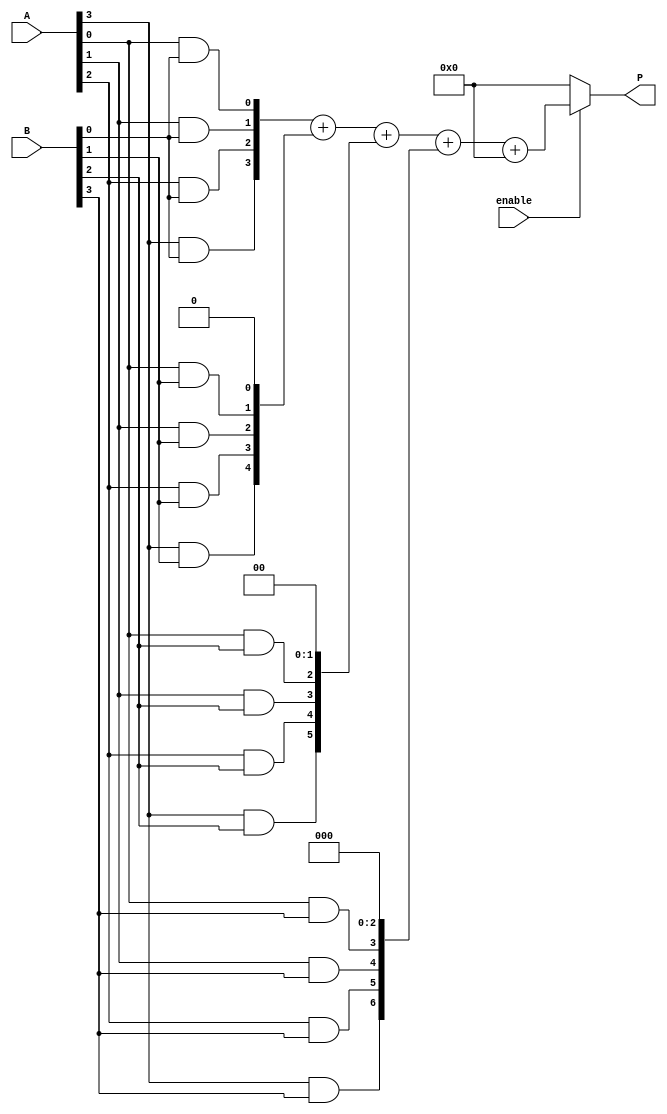
module vedic_multiplier #(parameter N = 4) (
    input  wire [N-1:0] A,       // N-bit input A
    input  wire [N-1:0] B,       // N-bit input B
    input  wire enable,           // Enable signal
    output reg  [2*N-1:0] P       // (2N)-bit output product
);

// Internal wires for partial products
wire [N-1:0] partial_products[N-1:0];

// Generate partial products
genvar i, j;
generate
    for (i = 0; i < N; i = i + 1) begin : pp_gen
        for (j = 0; j < N; j = j + 1) begin : pp
            assign partial_products[i][j] = A[j] & B[i]; // AND operation for partial product
        end
    end
endgenerate

// Crosswise addition using a simple tree structure
wire [2*N-1:0] sum [0:N-1]; // Intermediate sums
wire [2*N-1:0] carry [0:N-1]; // Carry bits

// Initialize the first row of sums and carries
assign sum[0] = {N'b0, partial_products[0]};
assign carry[0] = {1'b0, 1'b0};

// Perform crosswise addition
generate
    for (i = 1; i < N; i = i + 1) begin : add
        assign {carry[i], sum[i]} = sum[i-1] + {partial_products[i], {i{1'b0}}}; // Shift partial product
    end
endgenerate

// Final summation of all partial products
always @(*) begin
    if (enable) begin
        P = sum[N-1] + carry[N-1]; // Final addition
    end else begin
        P = 0; // Output zero when not enabled
    end
end

endmodule